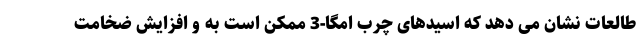
طالعات نشان می دهد که اسیدهای چرب امگا-3 ممکن است به و افزایش ضخامت